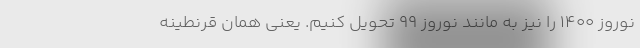
نوروز ۱۴۰۰ را نیز به مانند نوروز ۹۹ تحویل کنیم. یعنی همان قرنطینه